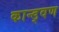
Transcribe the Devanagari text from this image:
कान्ड्वण